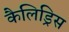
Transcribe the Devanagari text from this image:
कैलिड्रिस